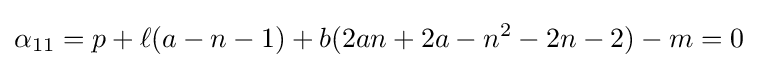
\alpha _{11}=p+\ell (a-n-1)+b(2an+2a-n^{2}-2n-2)-m=0